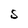
Character: s